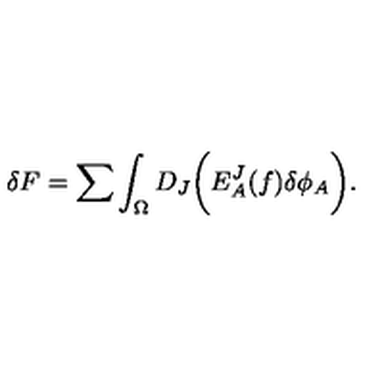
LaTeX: \delta F = \sum \int _ { \Omega } D _ { J } \biggl ( E _ { A } ^ { J } ( f ) \delta \phi _ { A } \biggr ) .